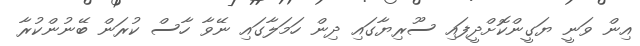
އިން ވަނީ ޔަގީންކޮށްދީފައި ސޫރިޔާގައި ދިން ހަމަލާގައި ނޭވާ ހާސް ކުރަން ބޭނުންކުރާ